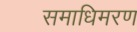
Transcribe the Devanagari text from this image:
समाधिमरण